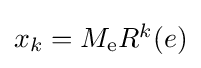
\textstyle x_{k}=M_{\mathrm {e} }R^{k}(e)